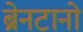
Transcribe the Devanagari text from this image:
ब्रेनटानो